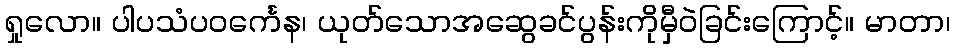
ရှုလော။ ပါပသံပဝင်္ကေန၊ ယုတ်သောအဆွေခင်ပွန်းကိုမှီဝဲခြင်းကြောင့်။ မာတာ၊